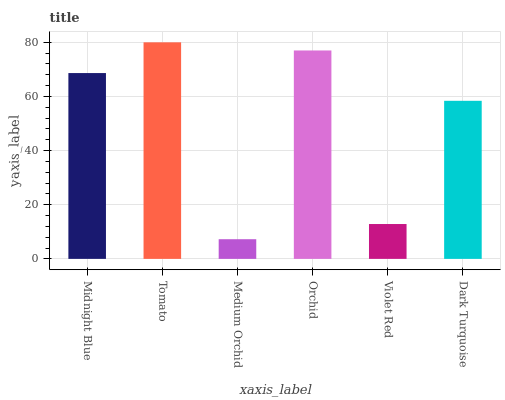
| xaxis_label | bars |
 | --- | --- |
 | Midnight Blue | 68.6 |
 | Tomato | 79.9 |
 | Medium Orchid | 7.26 |
 | Orchid | 76.9 |
 | Violet Red | 12.9 |
 | Dark Turquoise | 58.4 |